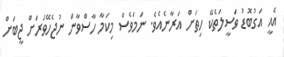
އެއީ އަގުބޮޑު ވަސީލަތެކޭ ހިތަށް އަރާނެއެވެ. ނަމަވެސް މިކަމާ ހާސްވާން ނުޖެހޭވަރަށް ޖީބަށް